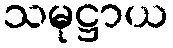
သမုဋ္ဌာယ